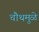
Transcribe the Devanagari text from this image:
चौथमुळे